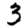
Digit: 3